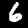
Digit: 6